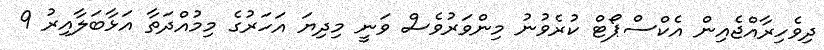
ދިވެހިރާއްޖެއިން އެކްސްޕޯޓް ކުރެވުނު މިންވަރުވެސް ވަނީ މިދިޔަ އަހަރުގެ މިމުއްދަތާ އަޅާބަލާއިރު 9